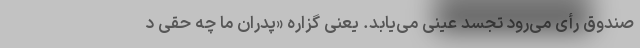
صندوق رأی می‌رود تجسد عینی می‌یابد. یعنی گزاره «پدران ما چه حقی د